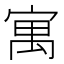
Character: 寓